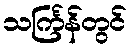
သင်္ကြန်တွင်